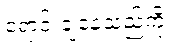
ရောင်းချနေသည်ကို